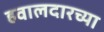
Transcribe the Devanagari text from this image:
हवालदारच्या